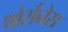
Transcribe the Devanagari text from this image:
थोर्सनेस